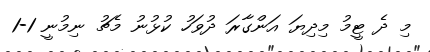
މި ދެ ޓީމު މިދިޔަ އަންގާރަ ދުވަހު ކުޅުނު މެޗު ނިމުނީ 1-1